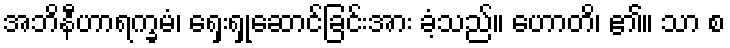
အဘိနီဟာရက္ခမံ၊ ရှေးရှုဆောင်ခြင်းအား ခံ့သည်။ ဟောတိ၊ ၏။ သာ စ